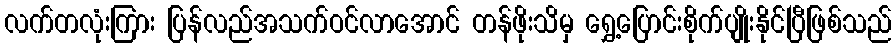
လက်တလုံးကြား ပြန်လည်အသက်ဝင်လာအောင် တန်ဖိုးသိမှ ရွှေ့ပြောင်းစိုက်ပျိုးနိုင်ပြီဖြစ်သည်